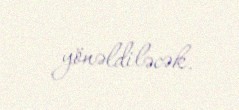
yönəldiləcək.